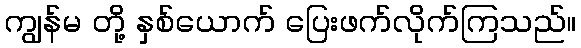
ကျွန်မ တို့ နှစ်ယောက် ပြေးဖက်လိုက်ကြသည်။